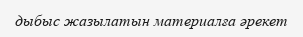
дыбыс жазылатын материалға әрекет